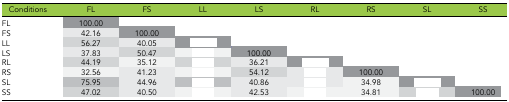
<table><thead><tr><td><b>Conditions</b></td><td><b>FL</b></td><td><b>FS</b></td><td><b>LL</b></td><td><b>LS</b></td><td><b>RL</b></td><td><b>RS</b></td><td><b>SL</b></td><td><b>SS</b></td></tr></thead><tbody><tr><td>FL</td><td>100.00</td><td>[EMPTY_CELL]</td><td>[EMPTY_CELL]</td><td>[EMPTY_CELL]</td><td>[EMPTY_CELL]</td><td>[EMPTY_CELL]</td><td>[EMPTY_CELL]</td><td>[EMPTY_CELL]</td></tr><tr><td>FS</td><td>42.16</td><td>100.00</td><td>[EMPTY_CELL]</td><td>[EMPTY_CELL]</td><td>[EMPTY_CELL]</td><td>[EMPTY_CELL]</td><td>[EMPTY_CELL]</td><td>[EMPTY_CELL]</td></tr><tr><td>LL</td><td>56.27</td><td>40.05</td><td>[EMPTY_CELL]</td><td>[EMPTY_CELL]</td><td>[EMPTY_CELL]</td><td>[EMPTY_CELL]</td><td>[EMPTY_CELL]</td><td>[EMPTY_CELL]</td></tr><tr><td>LS</td><td>37.83</td><td>50.47</td><td>[EMPTY_CELL]</td><td>100.00</td><td>[EMPTY_CELL]</td><td>[EMPTY_CELL]</td><td>[EMPTY_CELL]</td><td>[EMPTY_CELL]</td></tr><tr><td>RL</td><td>44.19</td><td>35.12</td><td>[EMPTY_CELL]</td><td>36.21</td><td>[EMPTY_CELL]</td><td>[EMPTY_CELL]</td><td>[EMPTY_CELL]</td><td>[EMPTY_CELL]</td></tr><tr><td>RS</td><td>32.56</td><td>41.23</td><td>[EMPTY_CELL]</td><td>54.12</td><td>[EMPTY_CELL]</td><td>100.00</td><td>[EMPTY_CELL]</td><td>[EMPTY_CELL]</td></tr><tr><td>SL</td><td>75.95</td><td>44.96</td><td>[EMPTY_CELL]</td><td>40.86</td><td>[EMPTY_CELL]</td><td>34.98</td><td>[EMPTY_CELL]</td><td>[EMPTY_CELL]</td></tr><tr><td>SS</td><td>47.02</td><td>40.50</td><td>[EMPTY_CELL]</td><td>42.53</td><td>[EMPTY_CELL]</td><td>34.81</td><td>[EMPTY_CELL]</td><td>100.00</td></tr></tbody></table>